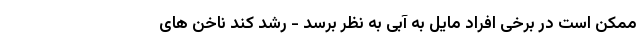
ممکن است در برخی افراد مایل به آبی به نظر برسد - رشد کند ناخن های